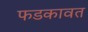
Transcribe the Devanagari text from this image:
फडकावत